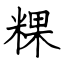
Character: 粿